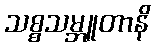
သစ္စသမ္ဘူတာနိ